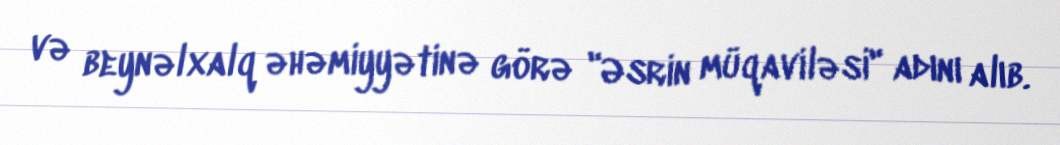
və beynəlxalq əhəmiyyətinə görə "Əsrin müqaviləsi" adını alıb.